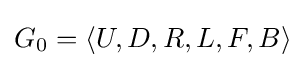
G_{0}=\langle U,D,R,L,F,B\rangle